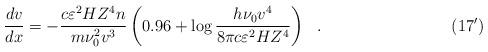
LaTeX: \begin{align*}\qquad\qquad\qquad\qquad\qquad\frac{dv}{dx} = - \frac{c\varepsilon ^2HZ^4n}{m\nu _0 ^2 v^3}\left( {0.96 + \log \frac{h\nu _0 v^4}{8\pi c\varepsilon ^2HZ^4}} \right) ~~.\qquad\qquad\qquad\qquad (17^\prime)\end{align*}